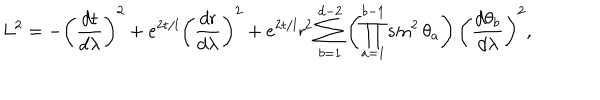
LaTeX: L ^ { 2 } = - \left( \frac { d { \sf t } } { d \lambda } \right) ^ { 2 } + e ^ { 2 { \sf t } / l } \left( \frac { d { \sf r } } { d \lambda } \right) ^ { 2 } + e ^ { 2 { \sf t } / l } { \sf r } ^ { 2 } \sum _ { b = 1 } ^ { d - 2 } \left( \prod _ { a = 1 } ^ { b - 1 } \sin ^ { 2 } \theta _ { a } \right) \left( \frac { d \theta _ { b } } { d \lambda } \right) ^ { 2 } ,